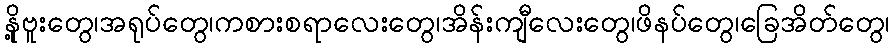
နို့ဗူးတွေ၊အရုပ်တွေ၊ကစားစရာလေးတွေ၊အိန်းကျီလေးတွေ၊ဖိနပ်တွေ၊ခြေအိတ်တွေ၊